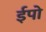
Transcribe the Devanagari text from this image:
ईपो